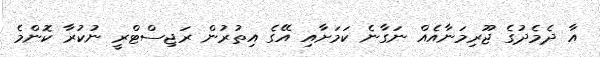
އާ ދެމެދުގެ ޖޫރިމަނާއެއް ނަގާނެ ކަމަށާއި އޭގެ އިތުރުން ރަޖިސްޓްރީ ނުކުރާ ކޮންމެ